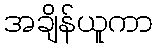
အချိန်ယူကာ